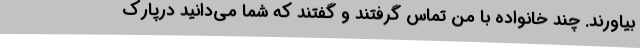
بیاورند. چند خانواده با من تماس گرفتند و گفتند که شما می‌دانید درپارک